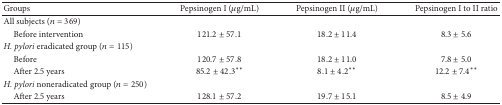
<table><thead><tr><td><b>Groups</b></td><td><b>Pepsinogen I (<i>μ</i>g/mL)</b></td><td><b>Pepsinogen II (<i>μ</i>g/mL)</b></td><td><b>Pepsinogen I to II ratio</b></td></tr></thead><tbody><tr><td>All subjects (<i>n</i> = 369)</td><td> </td><td> </td><td> </td></tr><tr><td> Before intervention</td><td>121.2 ± 57.1</td><td>18.2 ± 11.4</td><td>8.3 ± 5.6</td></tr><tr><td><i>H. pylori</i> eradicated group (<i>n</i> = 115)</td><td> </td><td> </td><td> </td></tr><tr><td> Before</td><td>120.7 ± 57.8</td><td>18.2 ± 11.0</td><td>7.8 ± 5.0</td></tr><tr><td> After 2.5 years</td><td>85.2 ± 42.3**</td><td>8.1 ± 4.2**</td><td>12.2 ± 7.4**</td></tr><tr><td><i>H. pylori</i> noneradicated group (<i>n</i> = 250)</td><td> </td><td> </td><td> </td></tr><tr><td> After 2.5 years </td><td>128.1 ± 57.2</td><td>19.7 ± 15.1</td><td>8.5 ± 4.9</td></tr></tbody></table>